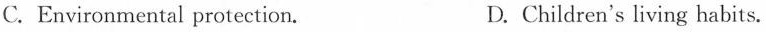
C. Environmental protection. D.Children's living habits.